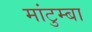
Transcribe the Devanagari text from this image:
मांटुम्बा